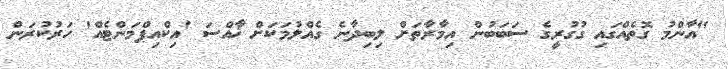
"އާންމު ގޮތެއްގައި ގުގުރީގެ ސަބަބުން އިމާރާތަށް ލިބިދާނެ ގެއްލުމަކަށް ޚާއްސަ 'އިކްއިޕްމަންޓެއް' ހަރުކުރަން